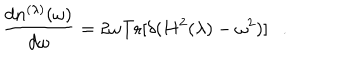
LaTeX: { \frac { d n ^ { ( \lambda ) } ( \omega ) } { d \omega } } = 2 \omega \mathrm { T r } [ \delta ( H ^ { 2 } ( \lambda ) - \omega ^ { 2 } ) ] .